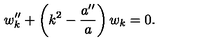
w _ { k } ^ { \prime \prime } + \left( k ^ { 2 } - { \frac { a ^ { \prime \prime } } { a } } \right) w _ { k } = 0 .